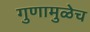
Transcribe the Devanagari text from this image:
गुणामुळेच